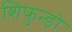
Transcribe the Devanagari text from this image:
शिफुन्ड़ो